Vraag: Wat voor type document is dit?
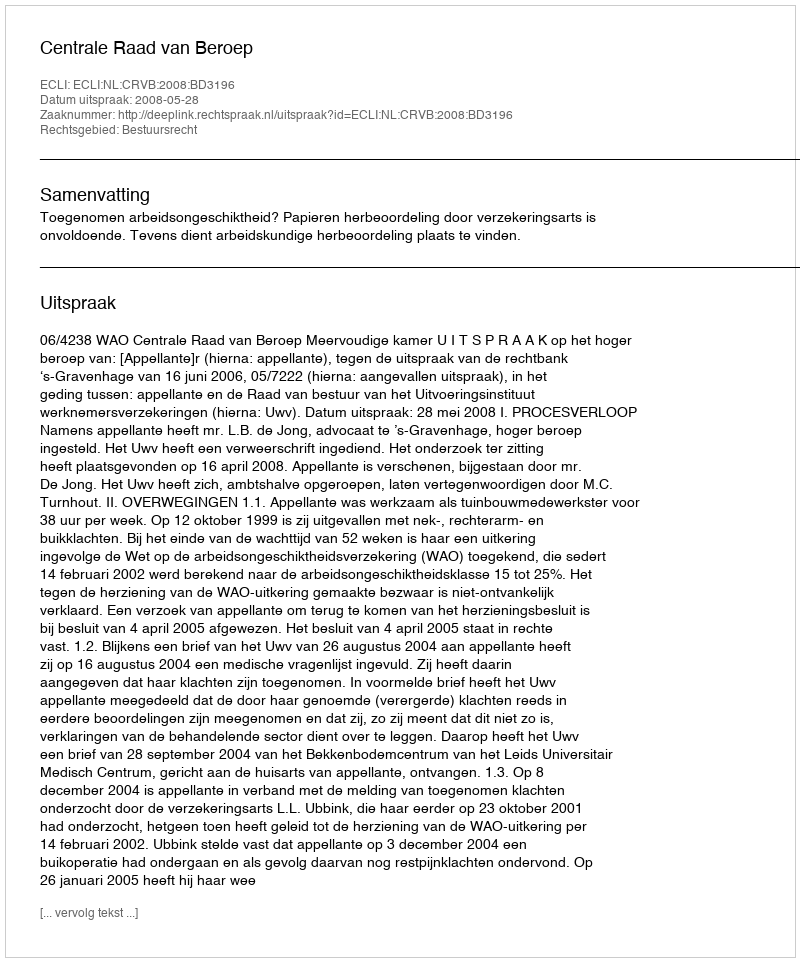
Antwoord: Uitspraak